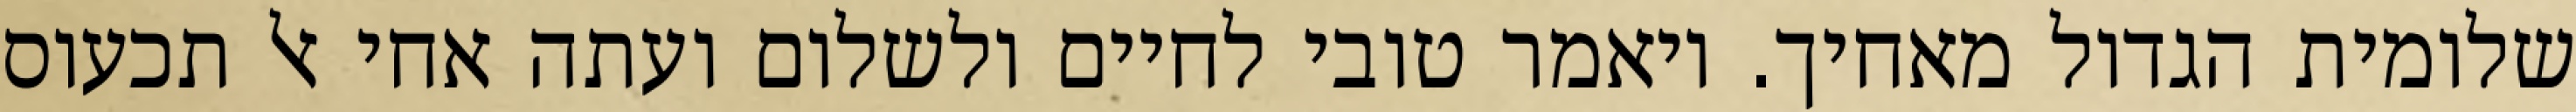
שלומית הגדול מאחיך. ויאמר טובי לחיים ולשלום ועתה אחי אל תכעוס